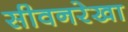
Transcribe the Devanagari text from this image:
सीवनरेखा